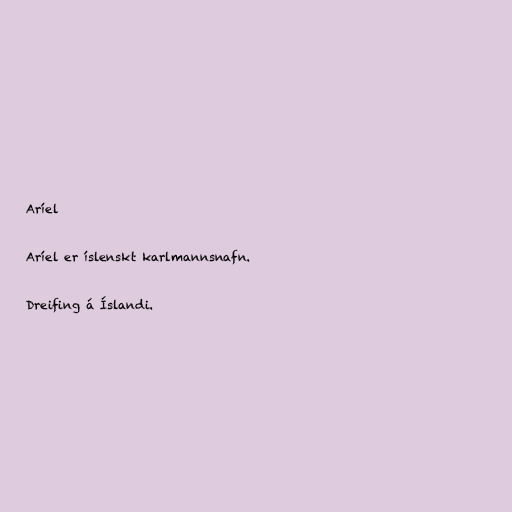
Aríel

Aríel er íslenskt karlmannsnafn.

Dreifing á Íslandi.